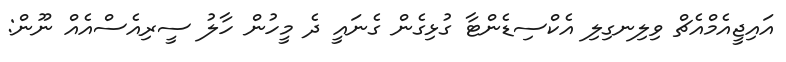
އައިޖީއެމްއެޗް ވިލިނގިލި އެކްސިޑެންޓާ ގުޅިގެން ގެނައީ ދެ މީހުން ހާލު ސީރިއެސްއެއް ނޫން: